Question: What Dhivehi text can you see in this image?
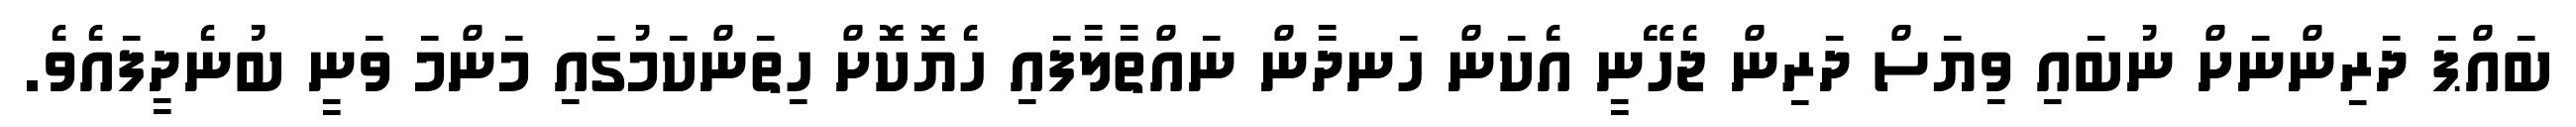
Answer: ބައްޕަ ދަރިންނަށް ނުބައި ވިޔަސް ދަރިން ޖެހޭނީ އެކަން ހަނދާން ނައްތާލާފައި ހެޔޮކޮށް ހިތަންކަމުގައި މަންމަ ވަނީ ބުނެދީފައެވެ.